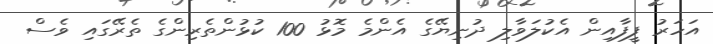
އަހަރު ފީފާއިން އެކުލަވާލި ދުނިޔޭގެ އެންމެ މޮޅު 100 ކުޅުންތެރިންގެ ތެރޭގައި ވެސް